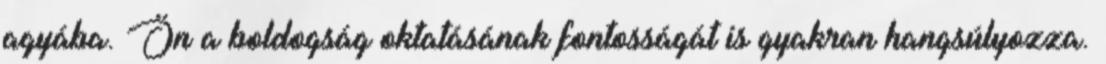
agyába. Ön a boldogság oktatásának fontosságát is gyakran hangsúlyozza.